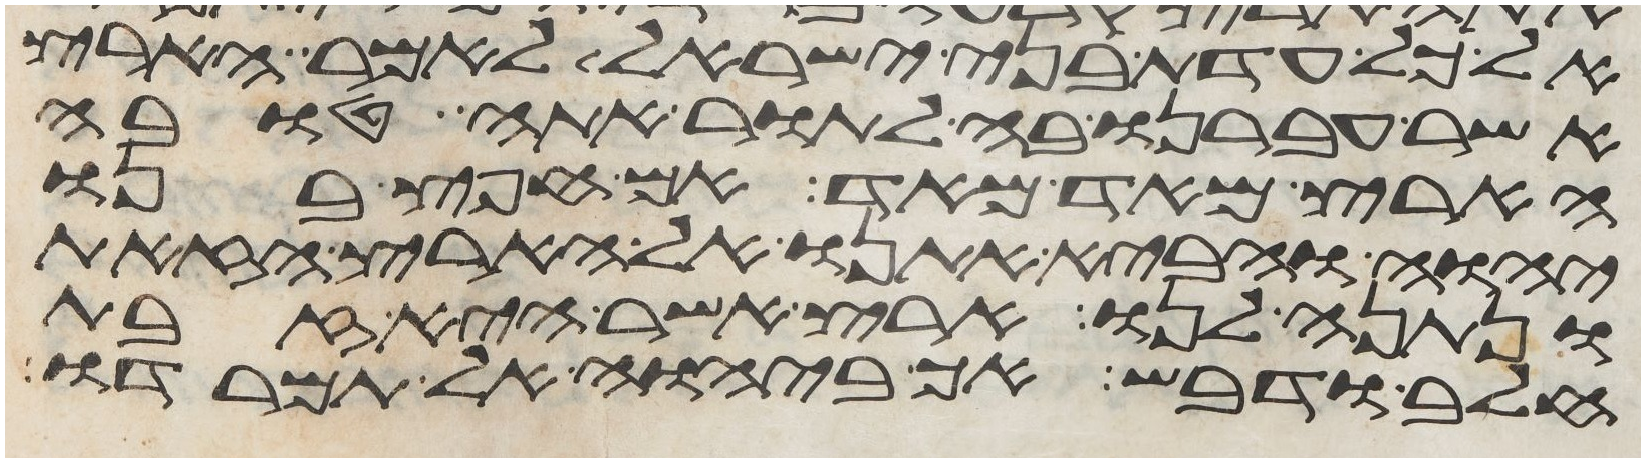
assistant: אל כל עדת בני ישראל לאמר הארץ
אשר עברנו בה לתור אתה טובה
הארץ מאד מאד אם חפץ בנו
יהוה והביא אתנו אל הארץ הזאת
ונתנה לנו ארץ אשר היא זבת
חלב ודבש אך ביהוה אל תמרדו